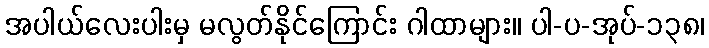
အပါယ်လေးပါးမှ မလွတ်နိုင်ကြောင်း ဂါထာများ။ ပါ-ပ-အုပ်-၁၃၈၊